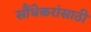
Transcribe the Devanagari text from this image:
सौंधेकरांसाठी